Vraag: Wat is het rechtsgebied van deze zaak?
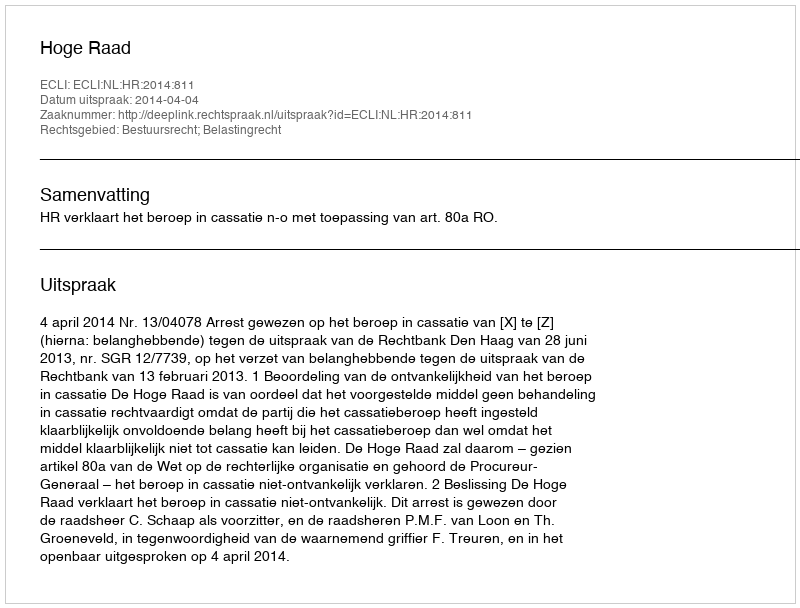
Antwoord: Bestuursrecht; Belastingrecht